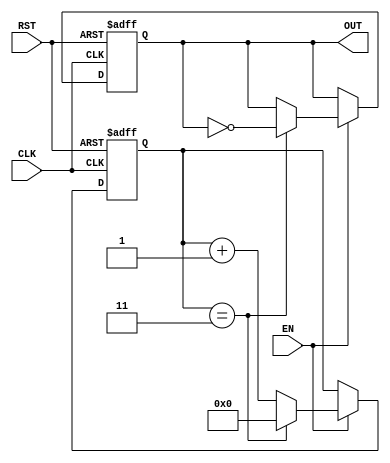
module FrequencyDividerCounter #(
    parameter N = 4 // Division factor, can be set to any positive integer
)(
    input wire CLK,   // Clock input
    input wire RST,   // Asynchronous reset
    input wire EN,    // Enable signal
    output reg OUT    // Output signal
);

    reg [31:0] counter; // Counter register

    // Asynchronous reset and counter logic
    always @(posedge CLK or posedge RST) begin
        if (RST) begin
            counter <= 0; // Reset counter
            OUT <= 0;     // Reset output
        end else if (EN) begin
            if (counter == N-1) begin
                counter <= 0; // Reset counter
                OUT <= ~OUT;   // Toggle output
            end else begin
                counter <= counter + 1; // Increment counter
            end
        end
    end

endmodule